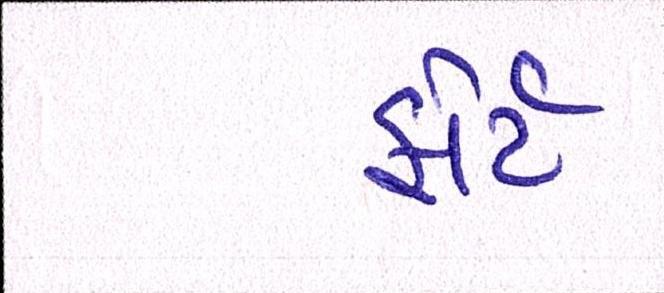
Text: ફોર્ટ